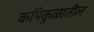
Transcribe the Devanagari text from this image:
कपिकुळातील